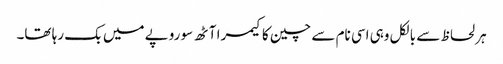
ہر لحاظ سے بالکل وہی اسی نام سے چین کا کیمرا آٹھ سو روپے میں بک رہا تھا۔